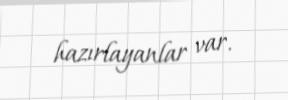
hazırlayanlar var.